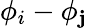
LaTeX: \phi_{i}-\phi_{\mathbf{j}}